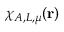
\chi _ { A , L , \mu } ( \mathbf { r } )